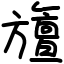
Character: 旜